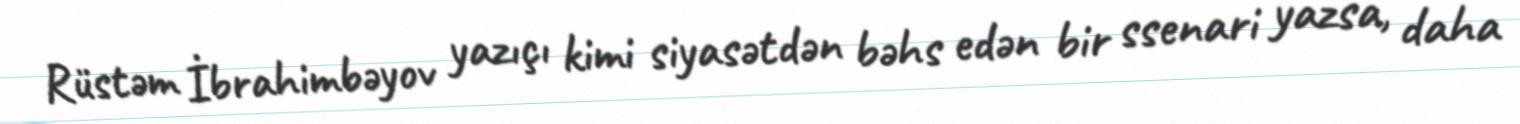
Rüstəm İbrahimbəyov yazıçı kimi siyasətdən bəhs edən bir ssenari yazsa, daha